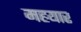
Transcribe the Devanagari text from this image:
महयार